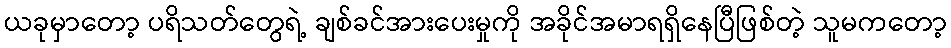
ယခုမှာတော့ ပရိသတ်တွေရဲ့ ချစ်ခင်အားပေးမှုကို အခိုင်အမာရရှိနေပြီဖြစ်တဲ့ သူမကတော့